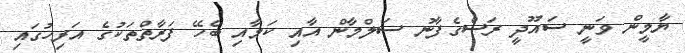
ޔާމީން ވަނީ ސައޫދީ ރަސްގެފާނު ސަލްމާން އާއި ކަމާއި ބެހޭ ފަރާތްތަކުގެ އަރިހުގައި